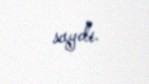
saydı.